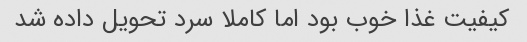
کیفیت غذا خوب بود اما کاملا سرد تحویل داده شد